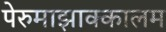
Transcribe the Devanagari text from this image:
पेरुमाझाक्कालम